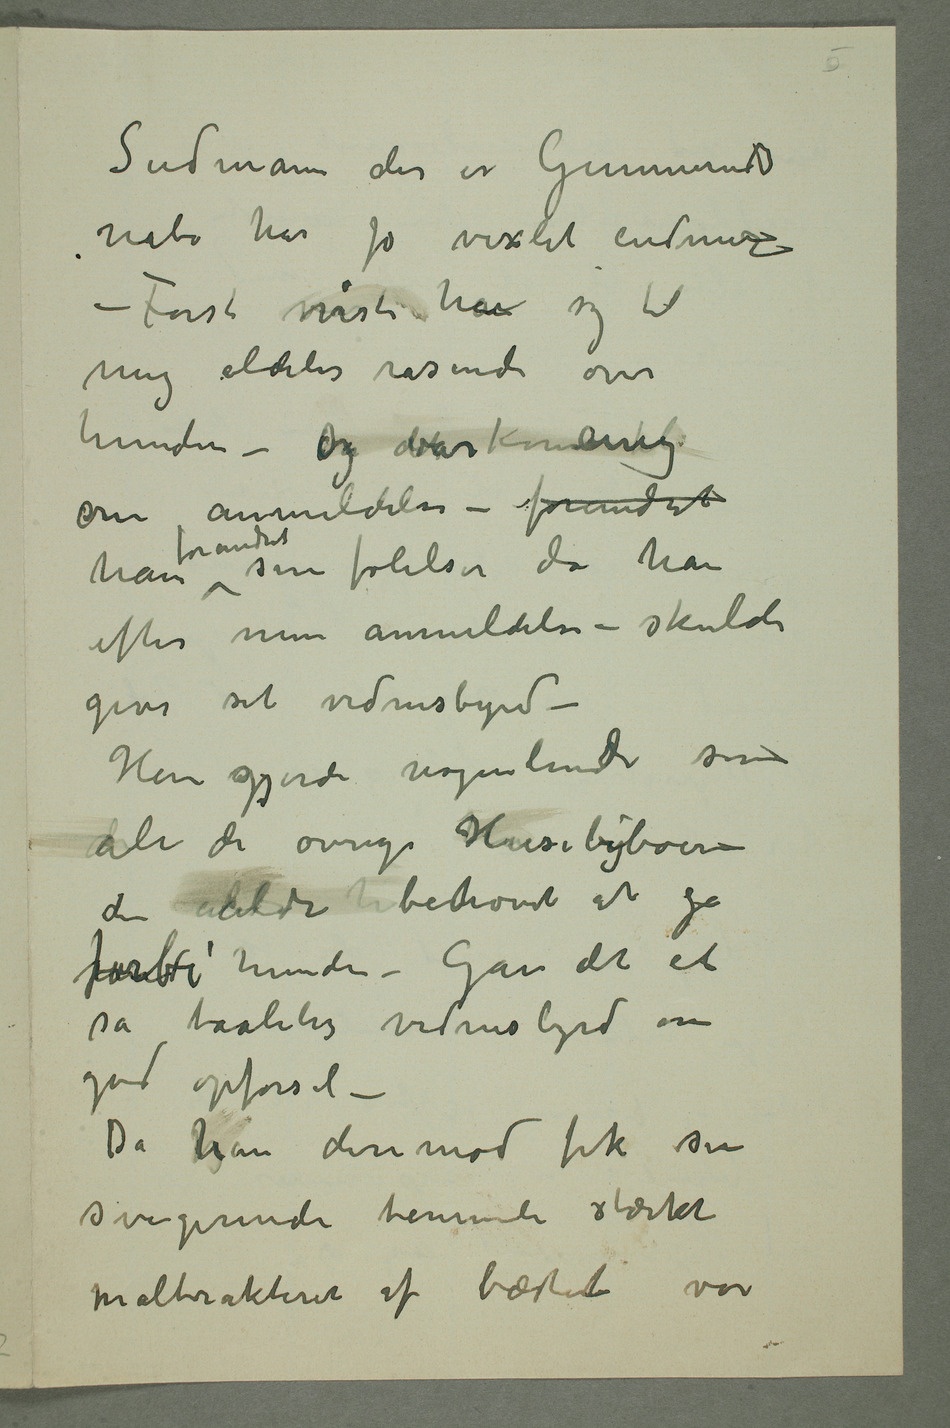
Sudmann der er Gunneruds
nabo har jo vexlet endmere
– Først viste han sig til
mig aldeles rasende over
hunden – Og detvar enig
om anmeldelsen – forandret han
efter min anmeldelse – skulde
give sit vidnesbyrd –
Han gjorde nogenlunde
der aldri hbehøvet at gå
forbi hunden – Gav det et
så taalelig vidnesbyrd om
god opførsel –
Da jeghan derimod fik sin
svigerinde herude stærkt
maltrakteret af bæstet var